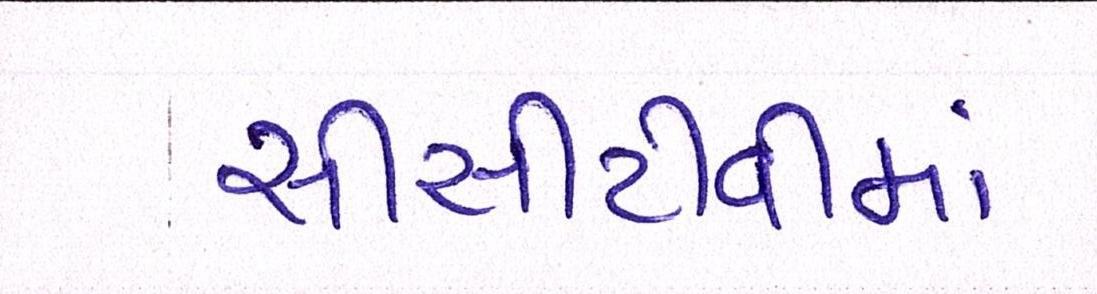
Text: સીસીટીવીમાં